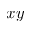
x y